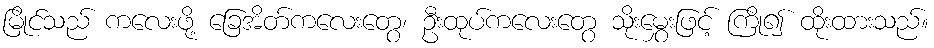
မြိုင်သည် ကလေးဖို့ ခြေအိတ်ကလေးတွေ၊ ဦးထုပ်ကလေးတွေ သိုးမွှေးဖြင့် ကြို၍ ထိုးထားသည်။